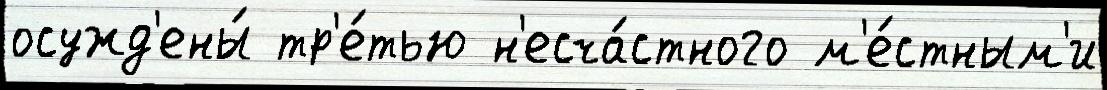
осужд'ены́ тр'е́тью н'есча́стного м'е́стным'и